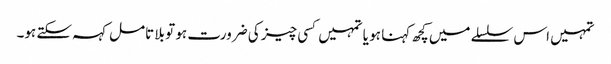
تمہیں اس سلسلے میں کچھ کہنا ہو یا تمہیں کسی چیز کی ضرورت ہو تو بلا تامل کہہ سکتے ہو۔